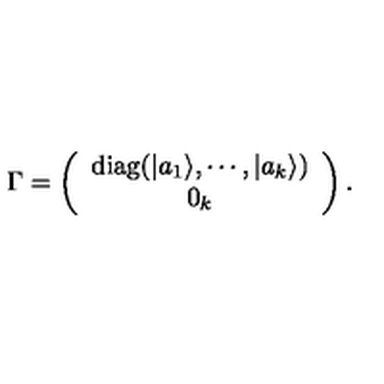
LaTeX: \Gamma = \left( \begin{array} { c } { \mathrm { d i a g } ( | a _ { 1 } \rangle , \cdots , | a _ { k } \rangle ) } \\ { 0 _ { k } } \\ \end{array} \right) .